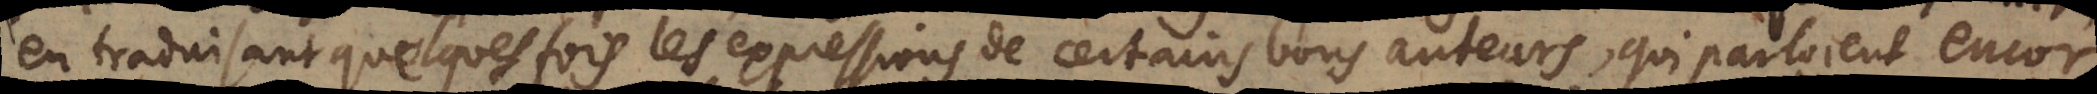
en traduisant quelques fois les expressions de certains bons auteurs, qui parloient encor